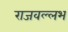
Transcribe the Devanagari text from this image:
राजवल्‍लभ